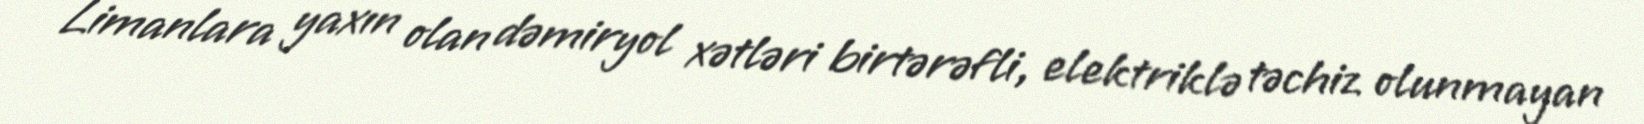
Limanlara yaxın olan dəmiryol xətləri birtərəfli, elektriklə təchiz olunmayan